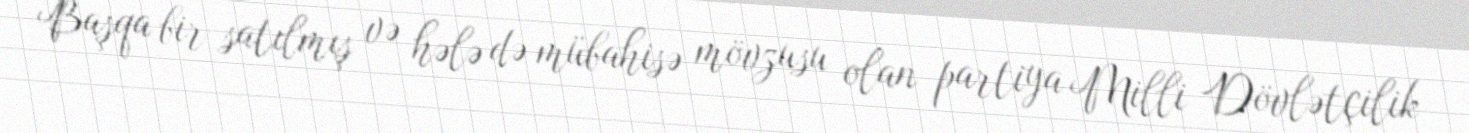
Başqa bir satılmış və hələ də mübahisə mövzusu olan partiya Milli Dövlətçilik